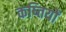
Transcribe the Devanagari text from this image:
कष्तियों